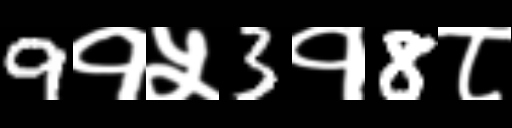
Text: 9१५3१8८